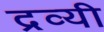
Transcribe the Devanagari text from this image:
द्रव्यी